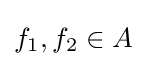
f_{1},f_{2}\in A